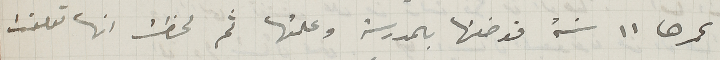
عمرها ١١ سنة فوضعتها بالمدرسة وعلمتها ثم لحظت انها تعلقت